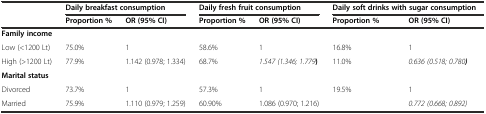
<table><thead><tr><td></td><td colspan="2"><b>Daily breakfast consumption</b></td><td colspan="2"><b>Daily fresh fruit consumption</b></td><td colspan="2"><b>Daily soft drinks with sugar consumption</b></td></tr><tr><td></td><td><b>Proportion %</b></td><td><b>OR (95% CI)</b></td><td><b>Proportion %</b></td><td><b>OR (95% CI)</b></td><td><b>Proportion %</b></td><td><b>OR (95% CI)</b></td></tr></thead><tbody><tr><td><b>Family income</b></td><td></td><td></td><td></td><td></td><td></td><td></td></tr><tr><td>Low (&lt;1200 Lt)</td><td>75.0%</td><td>1</td><td>58.6%</td><td>1</td><td>16.8%</td><td>1</td></tr><tr><td>High (&gt;1200 Lt)</td><td>77.9%</td><td>1.142 (0.978; 1.334)</td><td>68.7%</td><td><i>1.547 (1.346; 1.779</i><b>)</b></td><td>11.0%</td><td><i>0.636 (0.518; 0.780</i><b><i>)</i></b></td></tr><tr><td><b>Marital status</b></td><td></td><td></td><td></td><td></td><td></td><td></td></tr><tr><td>Divorced</td><td>73.7%</td><td>1</td><td>57.3%</td><td>1</td><td>19.5%</td><td>1</td></tr><tr><td>Married</td><td>75.9%</td><td>1.110 (0.979; 1.259)</td><td>60.90%</td><td>1.086 (0.970; 1.216)</td><td></td><td><i>0.772 (0.668; 0.892)</i></td></tr></tbody></table>